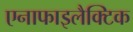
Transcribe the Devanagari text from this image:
एनाफाइलैक्टिक